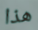
هذا